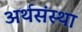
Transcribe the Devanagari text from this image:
अर्थसंस्था